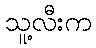
သူ့လီးက